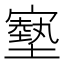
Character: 𡫑